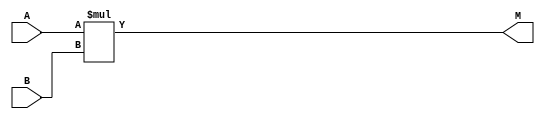
/////////////////////////////////////////////////////////
////////    module : Multiplier20         		 ////////
////////    Editor : Cheng Yu Lin         		 ////////
////////    Last edit : 2021/8/14 15:32          //////// 
////////    Intro : It's a 20 bits * 20 bits     ////////
////////    Multiplier                           ////////
/////////////////////////////////////////////////////////

//`timescale 1ns/10ps

module Multiplier20(A, B, M) ; 
 
input signed [19:0] A, B ;
output signed [39:0] M ;


assign M = A * B ;


endmodule